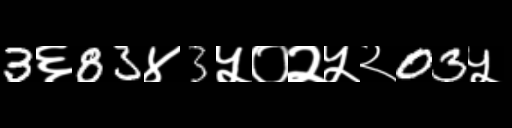
Text: 3६83४3५०२५२03५